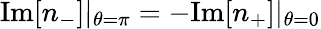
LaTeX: \mathrm{Im}[n_{-}]|_{\theta=\pi}=-\mathrm{Im}[n_{+}]|_{\theta=0}